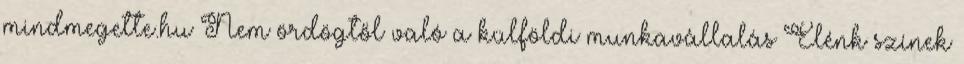
mindmegette.hu Nem ördögtől való a külföldi munkavállalás Élénk színek